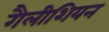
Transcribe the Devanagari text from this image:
गैलीशियन